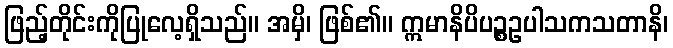
ဖြည့်တိုင်းကိုပြုလေ့ရှိသည်။ အမှိ၊ ဖြစ်၏။ ဣမာနိပိပဉ္စဥပါသကသတာနိ၊